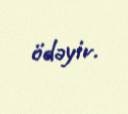
ödəyir.